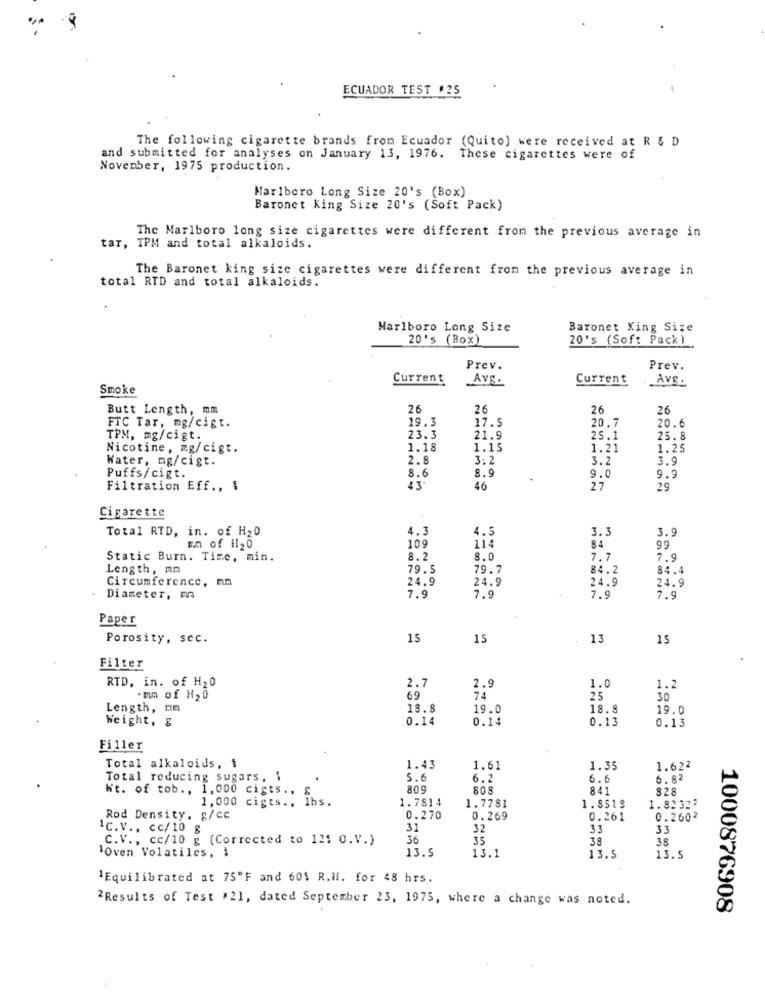
ECUADOR TEST #25
The following cigarette brands from Ecuador (Quito) were received at R & D
and submitted for analyses on January 13, 1976. These cigarettes were of
November, 1975 production.
Marlboro Long Size 20's (Box)
Baronet King Size 20's (Soft Pack)
The Marlboro long size cigarettes were different from the previous average in
tar, TPM and total alkaloids.
The Baronet king size cigarettes were different from the previous average in
total RTD and total alkaloids.
Marlboro Long Size
Baronet King Size
20's (Box)
20's (Soft Pack)
Prev.
Prev.
Current
Avg.
Current
Avg.
Smoke
Butt Length, mm
26
26
26
26
19.3
17.5
20.7
FTC Tar, mg/cigt.
20.6
TPM, mg/cigt.
23.3
21.9
25.1
25.8
Nicotine, mg/cigt.
1.18
1.15
1.21
1.25
Water, mg/cigt.
2.8
3:2
3.2
3.9
8.9
Puffs/cigt.
8.6
9.0
9.9
Filtration Eff ., $
43
46
27
29
Cigarette
Total RTD, in. of H20
4.3
4.5
3.3
3.9
Im of 1120
109
114
84
99
Static Burn. Time, min.
8.2
8.0
7.7
7.9
Length, an
79.5
79.7
84.2
84.4
Circumference, mn
24.9
24.9
24.9
24.9
Diameter, m
7.9
7.9
7.9
7.9
Paper
Porosity, sec.
15
15
13
15
Filter
RTD, in. of H20
2.7
2.
1.0
1.2
·mm of H20
69
25
30
Length, pm
18.8
19.0
18.9
19.0
0.14
0.14
0.13
Weight, g
0.13
Filler
Total alkaloids, $
1.43
1.61
1.35
1.622
Total reducing sugars. .
5.6
6.2
6.6
6.82
Wit. of tob ., 1,000 cigts ., &
809
80S
841
828
1,000 cigts ., lbs.
1.7814
1.7781
1.8513
1.82322
Rod Density. g/cc
0.270
0.269
0.261
0.2602
1c.v ., cc/ 10 g
31
32
33
33
C.V ., cc/10 g (Corrected to 12: O.V.)
36
35
38
38
Oven Volatiles, i
13.5
13.1
13.5
13.5
'Equilibrated at 75ºF and 601 R.Ml. for 48 hrs.
2Results of Test #21, dated September 23, 1975, where a change was noted.
1000876908